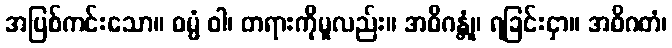
အပြစ်ကင်းသော။ ဓမ္မံ ဝါ၊ တရားကိုမူလည်း။ အဓိဂန္တုံ၊ ရခြင်းငှာ။ အဓိဂတံ၊